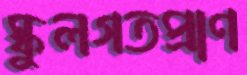
স্কুলগতপ্রাণ